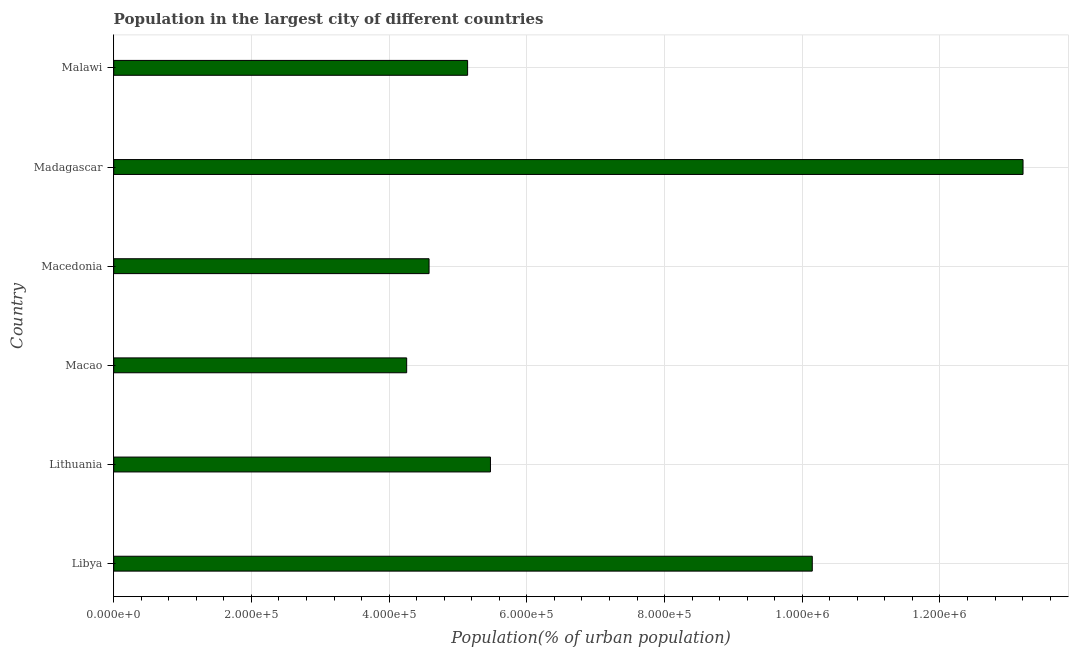
| Country | Population in largest city |
 | --- | --- |
 | Libya | 1.01e+06 |
 | Lithuania | 5.47e+05 |
 | Macao | 4.25e+05 |
 | Macedonia | 4.58e+05 |
 | Madagascar | 1.32e+06 |
 | Malawi | 5.14e+05 |